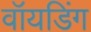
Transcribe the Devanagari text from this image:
वॉयडिंग